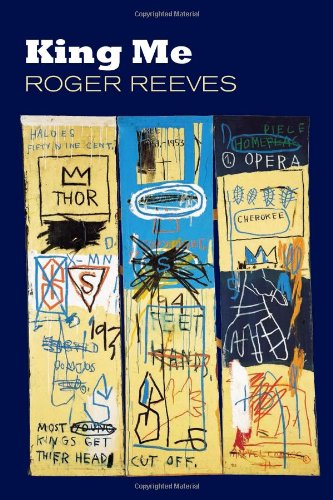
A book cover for King Me; Roger Reeves; Literature & Fiction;